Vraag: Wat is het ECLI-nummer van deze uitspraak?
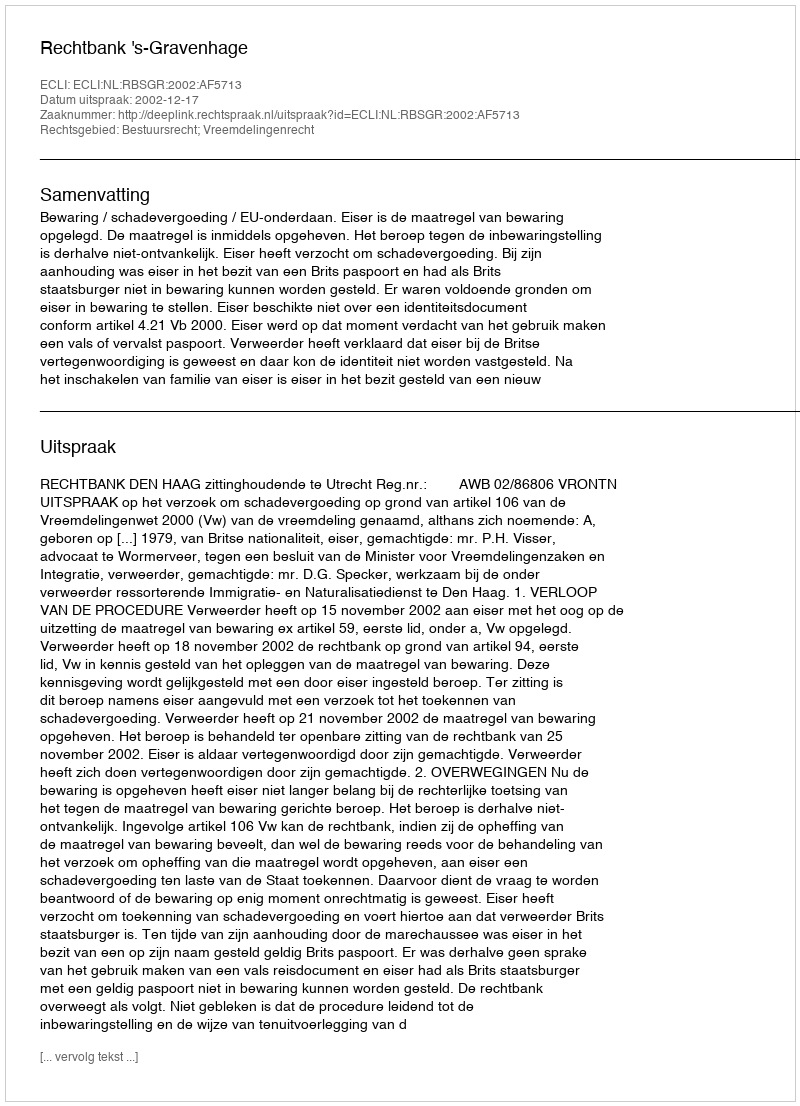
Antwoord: ECLI:NL:RBSGR:2002:AF5713